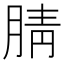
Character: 腈